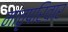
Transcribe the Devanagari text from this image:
मातृपरिवार